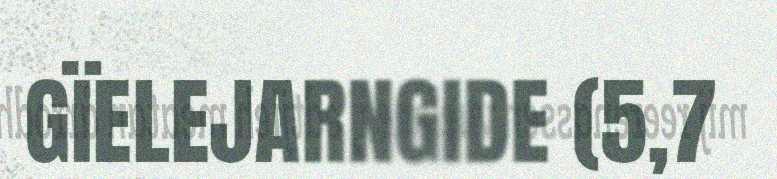
GÏELEJARNGIDE (5,7